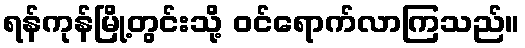
ရန်ကုန်မြို့တွင်းသို့ ဝင်ရောက်လာကြသည်။